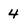
Character: 4